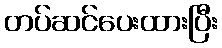
တပ်ဆင်ပေးထားပြီး